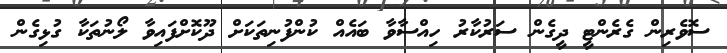
ސޮވެރިން ގެރެންޓީ ދީގެން ސަރުކާރު ހިއްސާވާ ބައެއް ކުންފުނިތަކަށް ދޫކޮށްފައިވާ ލޯނުތަކާ ގުޅިގެން